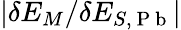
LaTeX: |\delta E_{M}/\delta E_{S,\mathrm{~P~b~}}|